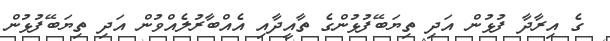
ގެ އިރާދާ ފުޅުން އަދި ތިޔަބޭފުޅުންގެ ތާއީދާއި އެއްބާރުލެއްވުން އަދި ތިޔަބޭފުޅުން